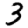
Digit: 3